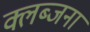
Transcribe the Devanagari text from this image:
क्लब्जना